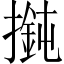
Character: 𢵶